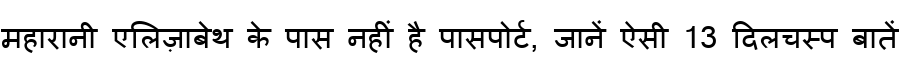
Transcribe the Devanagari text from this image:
महारानी एलिज़ाबेथ के पास नहीं है पासपोर्ट, जानें ऐसी 13 दिलचस्प बातें